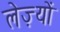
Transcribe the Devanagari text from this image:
लेज़्यों